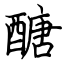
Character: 醣